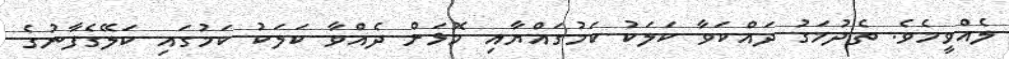
ލެއްވީމެވެ. ތެދުމަގު ދައްކަވާ ކަލަކު ކަމުގައްޔާއި މޮޅަށް ދެއްވާ ކަލަކު ކަމުގައި ކަލޭގެފާނުގެ